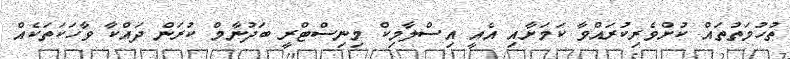
ތުހުމަތުތައް ކުށްވެރިކުރައްވާ ކަމަށާއި އެއީ އިސްލާމިކް މިނިސްޓްްރީ ބަދުނާމް ކުރަން ދައްކާ ވާހަކަތަކެއް